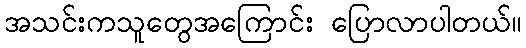
အသင်းကသူတွေအကြောင်း ပြောလာပါတယ်။